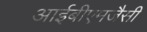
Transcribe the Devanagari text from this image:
आईबीएमजैसी